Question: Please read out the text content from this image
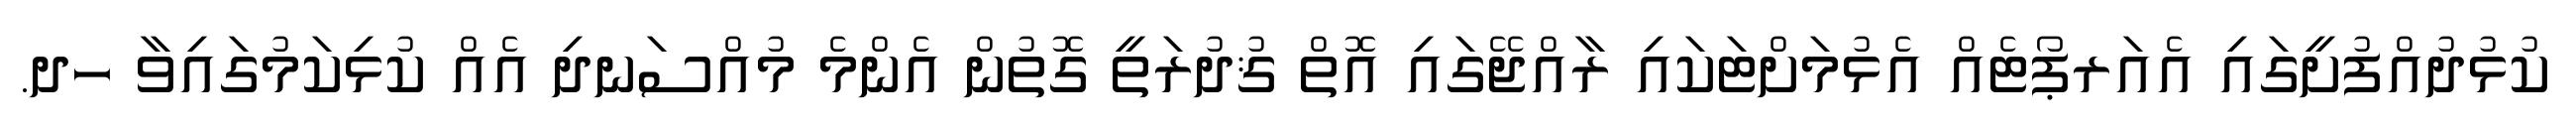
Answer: ކުޅުދުއްފުށީގައި އެއަރޕޯޓެއް އެޅުމަށްޓަކައި ރާއްޖޭގައި އޮތް ޤުދުރަތީ ގޮތުން އެންމެ މުއްސަނދި އެއް ކުޅިކަމުގައިވާ ހދ.